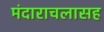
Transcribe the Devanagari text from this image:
मंदाराचलासह